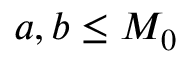
a , b \le M _ { 0 }